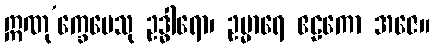
ဣဏု’က္ခေပေသု ဥဒ္ဓါရော၊ ဥမ္မာရေ ဧဠကော အဇေ။